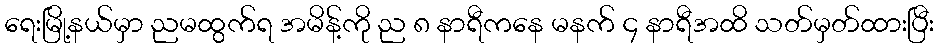
ရေးမြို့နယ်မှာ ညမထွက်ရ အမိန့်ကို ည ၈ နာရီကနေ မနက် ၄ နာရီအထိ သတ်မှတ်ထားပြီး